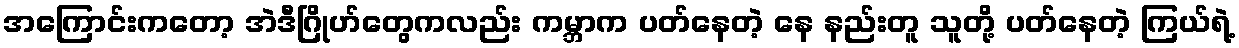
အကြောင်းကတော့ အဲဒီဂြိုဟ်တွေကလည်း ကမ္ဘာက ပတ်နေတဲ့ နေ နည်းတူ သူတို့ ပတ်နေတဲ့ ကြယ်ရဲ့